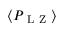
\langle P _ { \mathrm { ~ L ~ Z ~ } } \rangle